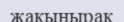
жақынырақ